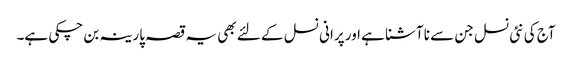
آج کی نئی نسل جن سے نا آشنا ہے اور پرانی نسل کے لئے بھی یہ قصہ پارینہ بن چکی ہے۔